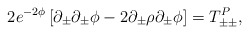
\begin{align*} 2 e^{-2\phi} \left[ \partial_\pm \partial_\pm \phi - 2 \partial_\pm \rho \partial_\pm \phi \right] = T_{\pm\pm}^P,\end{align*}